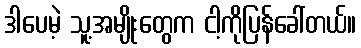
ဒါပေမဲ့ သူ့အမျိုးတွေက ငါ့ကိုပြန်ခေါ်တယ်။